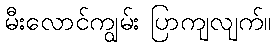
မီးလောင်ကျွမ်း ပြာကျလျက်။